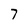
Character: 7